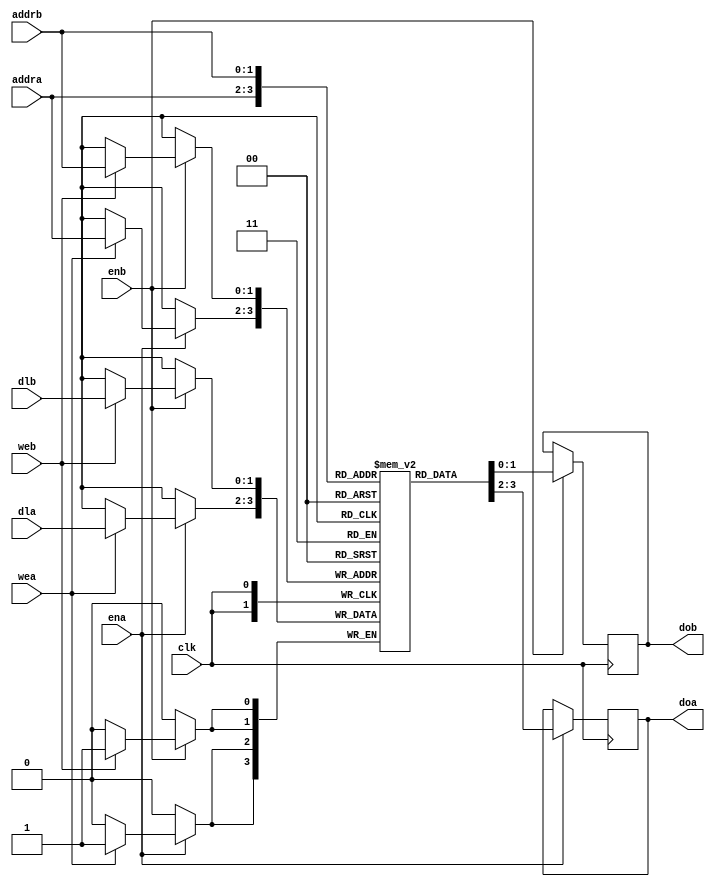
`timescale 1ns / 1ps
//////////////////////////////////////////////////////////////////////////////////
// Company: 
// Engineer: 
// 
// Design Name: 
// Module Name:    ddp_sram 
// Project Name: 
// Target Devices: 
// Tool versions: 
// Description: 
//
// Dependencies: 
//
// Revision: 
// Revision 0.01 - File Created
// Additional Comments: 
//
//////////////////////////////////////////////////////////////////////////////////
module ddp_bram #(parameter DWIDTH=0, parameter LEN=0, parameter LOG_LEN=0) (clk, ena, enb, wea, web, addra, addrb, dla, dlb, doa, dob);	//!!!!!!!a: inpout, b: output!!!!
	input clk;
	input ena;
	input enb;
	input wea;
	input web;
	input [LOG_LEN-1:0]	addra;
	input [LOG_LEN-1:0]	addrb;
	input [DWIDTH-1:0]	dla;
	input [DWIDTH-1:0]	dlb;
	output [DWIDTH-1:0]	doa;
	output [DWIDTH-1:0]	dob;
	//wire dlap;
	//wire [DWIDTH:0] dla_tmp;
	
	(*ram_style="block" *)
	reg [DWIDTH-1:0]	ram[LEN-1:0];
	reg [DWIDTH-1:0]	doa;
	reg [DWIDTH-1:0]	dob;
	
	//assign dlap = ^(dla);
	//assign dob = dob_tmp[DWIDTH:1];
	//assign dla_tmp[DWIDTH-1:0] = dla;
	//assign dla_tmp[DWIDTH] = dlap;
	
	always @(negedge clk) begin
		if(ena) begin
			if(wea) ram[addra] <= dla;
			doa <= ram[addra];
		end
	end
	always @(negedge clk) begin
		if(enb) begin
			if(web) ram[addrb] <= dlb;
			dob <= ram[addrb];
		end
	end

endmodule